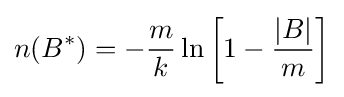
n(B^{*})=-{\frac {m}{k}}\ln \left[1-{\frac {|B|}{m}}\right]